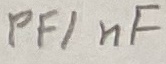
Text: PF/nF